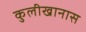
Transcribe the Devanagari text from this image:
कुलीखानास